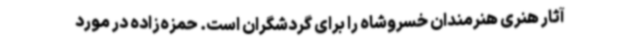
آثار هنری هنرمندان خسروشاه را برای گردشگران است. حمزه‌زاده در مورد